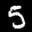
Label: 5